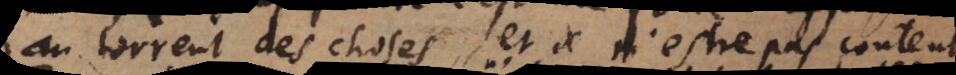
au torrent des choses et de n’estre pas content